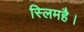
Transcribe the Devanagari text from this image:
स्लिमहै।